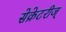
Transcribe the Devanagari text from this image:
सेक्रेटरीज्